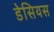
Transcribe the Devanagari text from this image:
डेसियस